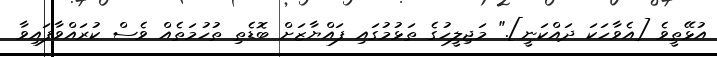
އުޅޭތީވެ [އެވާހަކަ ދައްކަނީ]." މަޖިލީހުގެ ތަޅުމުގައި ފައްޔާޒަށް ބޮޑެތި ތުހުމަތެއް ވެސް ކުރައްވާފައިވާ